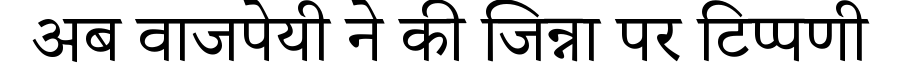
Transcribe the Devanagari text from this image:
अब वाजपेयी ने की जिन्ना पर टिप्पणी